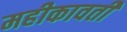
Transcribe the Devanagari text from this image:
महीकावती